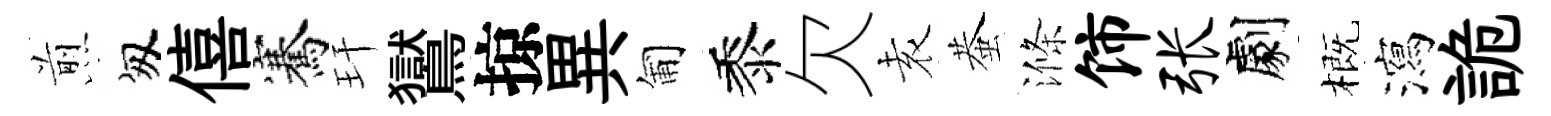
煎匆僖騫玕鸑掠異匍黍欠𡊮蛬滌饰张劇概瀉詭